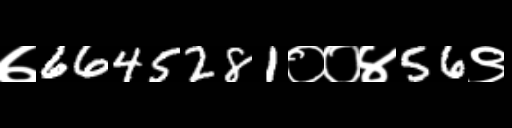
Text: ७6645281००४56९